Lunatic asylums United Provinces 1909-1921 - 1909-1921
Year: 1909
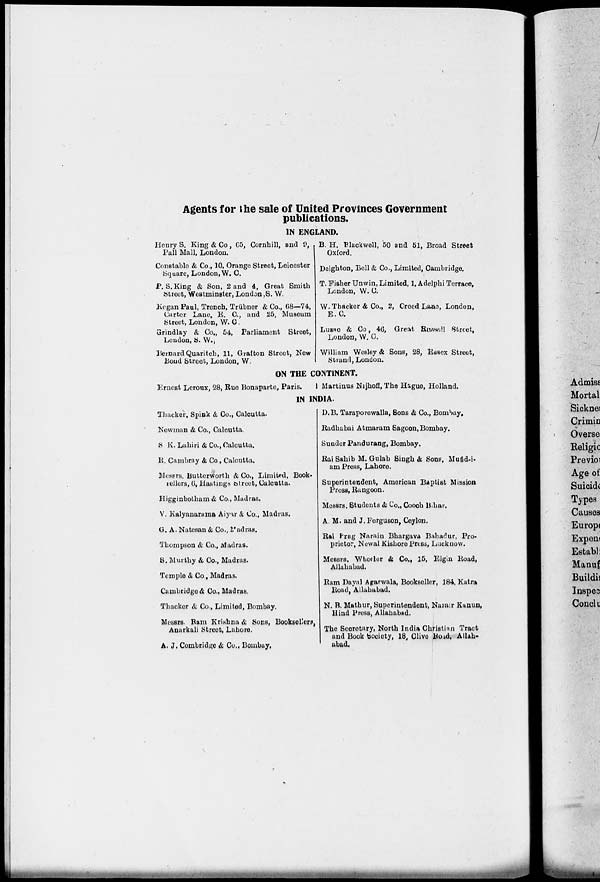
Agents for the sale of United Provinces Government
publications.
IN ENGLAND.
Henry S. King & Co, 65, Cornhill, and 9,
Pall Mall, London.
Constable & Co., 10, Orange Street, Leicester
Square, London, W. C.
P. S. King & Son, 2 and 4, Great Smith
Street, Westminster, London,S. W.
Kegan Paul, Trench, Trübner & Co., 68—74,
Carter Lane, E. C., and 25, Museum
Street, London, W. C.
Grindlay & Co., 54, Parliament Street,
London, S. W.
Bernard Quaritch, 11, Grafton Street, New
Bond Street, London, W.
B. H. Blackwell, 50 and 51, Broad Street
Oxford.
Deighton, Bell & Co., Limited, Cambridge.
T. Fisher Unwin, Limited, 1, Adelphi Terrace,
London, W. C.
W. Thacker & Co., 2, Creed Lane, London,
E.C.
Luzac & Co., 46, Great Russell Street,
London, W. C.
William Wesley & Sons, 28, Essex Street,
Strand, London.
ON THE CONTINENT.
Ernest Leroux, 28, Rue Bonaparte, Paris.
Martinus Nijhoff, The Hague, Holland.
IN INDIA.
Thacker, Spink & Co., Calcutta.
Newman & Co., Calcutta.
S. K. Lahiri & Co., Calcutta.
R. Cambray & Co., Calcutta.
Messrs. Butterworth & Co., Limited, Book-
sellers, 6, Hastings Street, Calcutta.
Higginbotham& Co., Madras.
V. Kalyanarama Aiyar & Co., Madras.
G. A. Natesan & Co., Madras.
Thompson & Co., Madras.
S. Murthy & Co., Madras.
Temple & Co., Madras.
Cambridge & Co., Madras.
Thacker & Co., Limited, Bombay.
Messrs. Ram Krishna & Sons, Booksellers,
Anarkali Street, Lahore.
A. J. Combridge & Co., Bombay.
D. B. Taraporewalla, Sons & Co., Bombay.
Radhabai Atmaram Sagoon, Bombay.
Sunder Pandurang, Bombay.
Rai Sahib M. Gulab Singh & Sons, Mufid-i-
am Press, Lahore.
Superintendent, American Baptist Mission
Press, Rangoon.
Messrs. Students & Co., Cooch Bihar.
A. M. and J. Ferguson, Ceylon.
Rai Prag Narain Bhargava Bahadur, Pro-
prietor, Newal Kishore Press, Lacknow.
Messrs. Wheeler & Co., 15, Elgin Road,
Allahabad.
Ram Dayal Agarwala, Bookseller, 184, Katra
Road, Allahabad.
N. B. Mathur, Superintendent, Nazair Kanun,
Hind Press, Allahabad.
The Secretary, North India Christian Tract
and Book Society, 18, Clive Road, Allah-
abad.